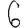
Digit: 6